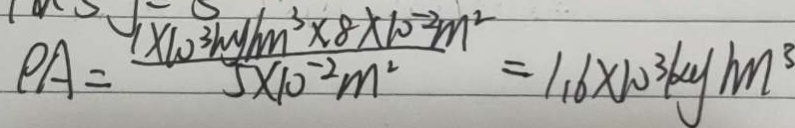
P A = \frac { 1 \times 1 0 ^ { 3 } k g / m ^ { 3 } \times 8 \times 1 0 ^ { - 2 } m ^ { 2 } } { 5 \times 1 0 ^ { - 2 } m ^ { 2 } } = 1 . 6 \times 1 0 ^ { 3 } k g / m ^ { 3 }